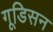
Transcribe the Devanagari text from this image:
गूडिसन